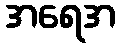
အရေအ